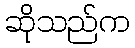
ဆိုသည်က